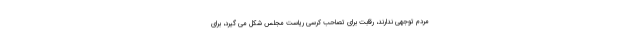
مردم توجهی ندارند، رقابت برای تصاحب کرسی ریاست مجلس شکل می گیرد، برای